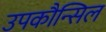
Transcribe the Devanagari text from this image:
उपकौन्सिल